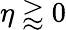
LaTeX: \eta\gtrapprox 0